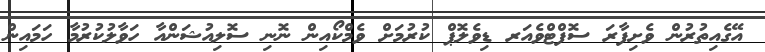
އޭގެއިތުރުން ވެށިފާރަ ސޮފްޓްވެއަރ ޑިވެލޮޕް ކުރުމަށް ވެމްކޯއިން ނޮނި ސޮލިއުޝަންއާ ހަވާލުކުރުމާ ހަމައިން